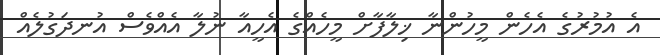
އެ އުމުރުގެ އެހެން މީހުންނާ ޚިލާފާށް މީހެއްގެ އެހީއާ ނުލާ އެއްވެސް އުނދަގުލެއް